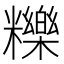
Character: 𥽗